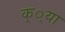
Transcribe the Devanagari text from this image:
क््या